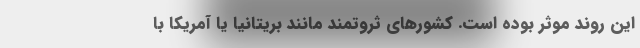
این روند موثر بوده است. کشورهای ثروتمند مانند بریتانیا یا آمریکا با